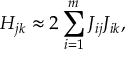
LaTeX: H _ { j k } \approx 2 \sum _ { i = 1 } ^ { m } J _ { i j } J _ { i k } ,